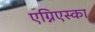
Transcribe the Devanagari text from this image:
एग्निएस्का